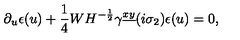
\partial _ { u } \epsilon ( u ) + { \frac { 1 } { 4 } } W H ^ { - { \frac { 1 } { 2 } } } \gamma ^ { \underline { { x y } } } ( i \sigma _ { 2 } ) \epsilon ( u ) = 0 ,